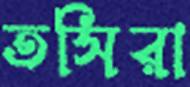
তসিরা